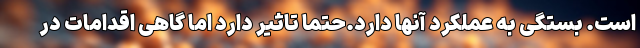
است. بستگی به عملکرد آنها دارد.حتما تاثیر دارد اما گاهی اقدامات در